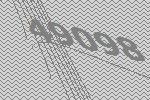
49098